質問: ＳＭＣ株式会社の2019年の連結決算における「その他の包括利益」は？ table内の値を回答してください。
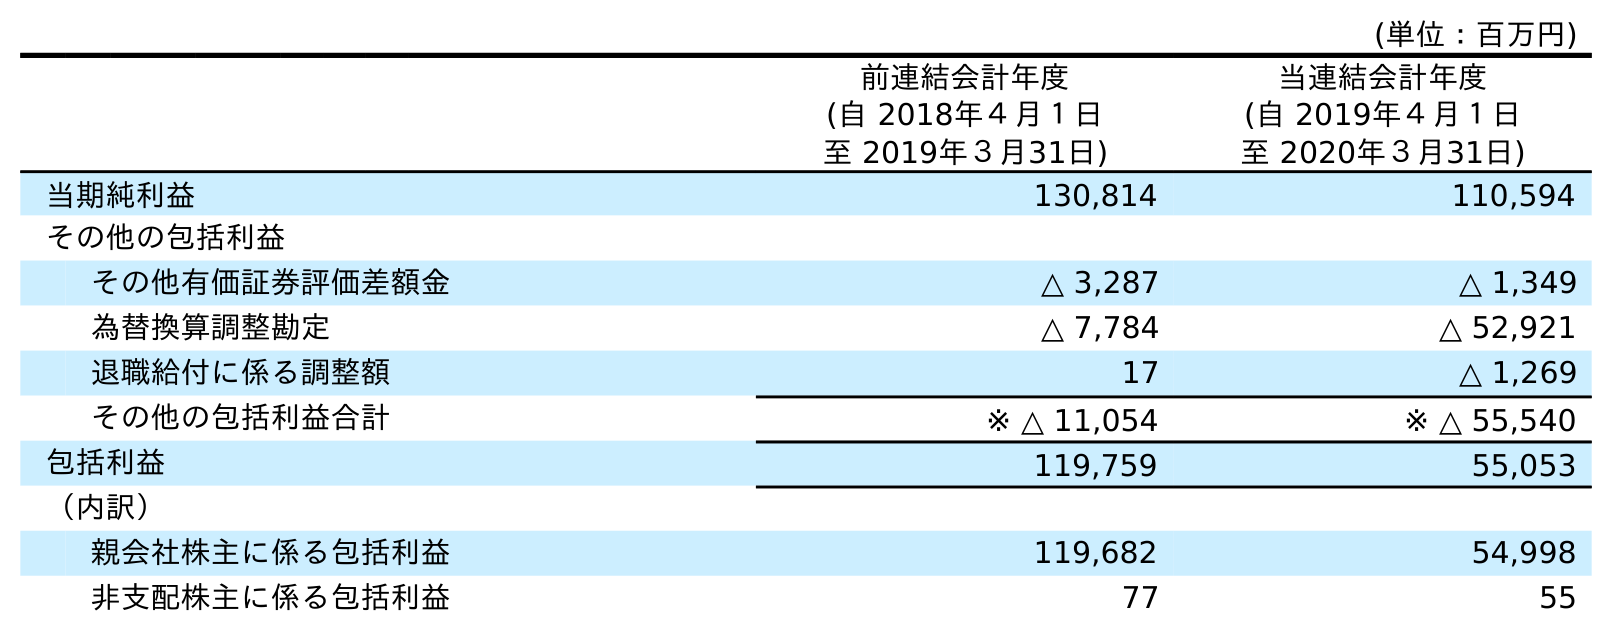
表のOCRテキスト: (単位：百万円) 前連結会計年度 (自 2018年４月１日 至 2019年３月31日) 当連結会計年度 (自 2019年４月１日 至 2020年３月31日) 当期純利益 130,814 110,594 その他の包括利益 その他有価証券評価差額金 △ 3,287 △ 1,349 為替換算調整勘定 △ 7,784 △ 52,921 退職給付に係る調整額 17 △ 1,269 その他の包括利益合計 ※ △ 11,054 ※ △ 55,540 包括利益 119,759 55,053 （内訳） 親会社株主に係る包括利益 119,682 54,998 非支配株主に係る包括利益 77 55
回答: ※△11,054